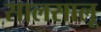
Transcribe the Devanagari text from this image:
सालसालू